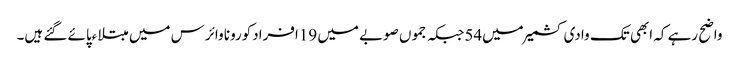
واضح رہے کہ ابھی تک وادی کشمیر میں54جبکہ جموں صوبے میں 19افرادکورونا وائرس میں مبتلاءپائے گئے ہیں۔